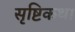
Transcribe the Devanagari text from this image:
सृष्टिकथा